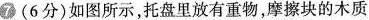
7(6分)如图所示，托盘里放有重物，摩擦块的木质